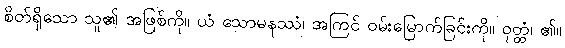
စိတ်ရှိသော သူ၏ အဖြစ်ကို။ ယံ သောမနဿံ၊ အကြင် ဝမ်းမြောက်ခြင်းကို။ ဝုတ္တံ၊ ၏။